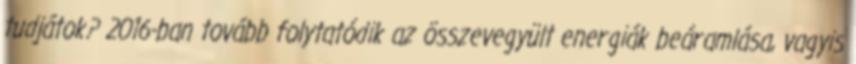
tudjátok? 2016-ban tovább folytatódik az összevegyült energiák beáramlása, vagyis